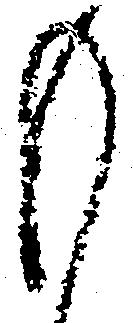
も